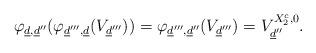
LaTeX: \begin{align*} \varphi_{\underline{d},\underline{d}''}(\varphi_{\underline{d}''',\underline{d}}(V_{\underline{d}'''}))=\varphi_{\underline{d}''',\underline{d}''}(V_{\underline{d}'''})=V_{\underline{d}''}^{X_{2}^{c},0}.\end{align*}